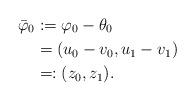
LaTeX: \begin{align*}\bar\varphi_0 & := \varphi_0-\theta_0 \\ & = (u_0-v_0,u_1-v_1) \\ & =: (z_0,z_1). \end{align*}